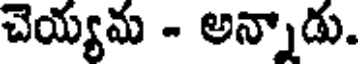
చెయ్యమ - అన్నాడు.